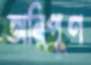
অনিপূণ